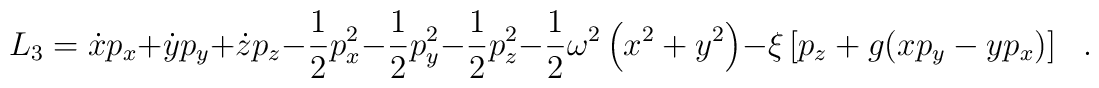
L_3=\dot{x}p_x+\dot{y}p_y+\dot{z}p_z-\frac{1}{2}p^2_x-\frac{1}{2}p^2_y-\frac{1}{2}p^2_z-\frac{1}{2}\omega^2\left(x^2+y^2\right)-\xi\left[p_z+g(xp_y-yp_x)\right]\ \ \ .